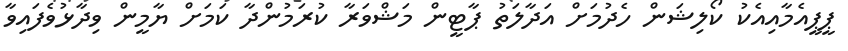
ޕީޕީއެމާއިއެކު ކޯލިޝަން ހެދުމަށް އަދާލަތު ޕާޓީން މަޝްވަރާ ކުރަމުންދާ ކަމަށް ޔާމީން ވިދާޅުވެފައިވާ